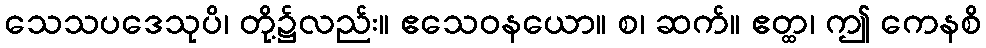
သေသပဒေသုပိ၊ တို့၌လည်း။ ဧသေဝနယော။ စ၊ ဆက်။ ဧတ္ထ၊ ဤ ကေနစိ